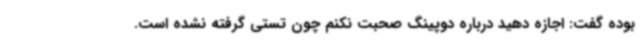
بوده گفت: اجازه دهید درباره دوپینگ صحبت نکنم چون تستی گرفته نشده است.